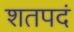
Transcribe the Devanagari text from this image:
शतपदं